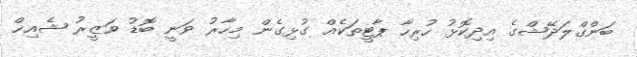
ބަންގްލަދޭޝްގެ އިދިކޮޅު ހުރިހާ ޕާޓީތަކެއް ގުޅިގެން މިހާރު ވަނީ ބޮޑު ވަޒީރު ޝެއިޚް